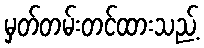
မှတ်တမ်းတင်ထားသည့်